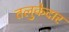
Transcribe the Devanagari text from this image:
तलुकेदार